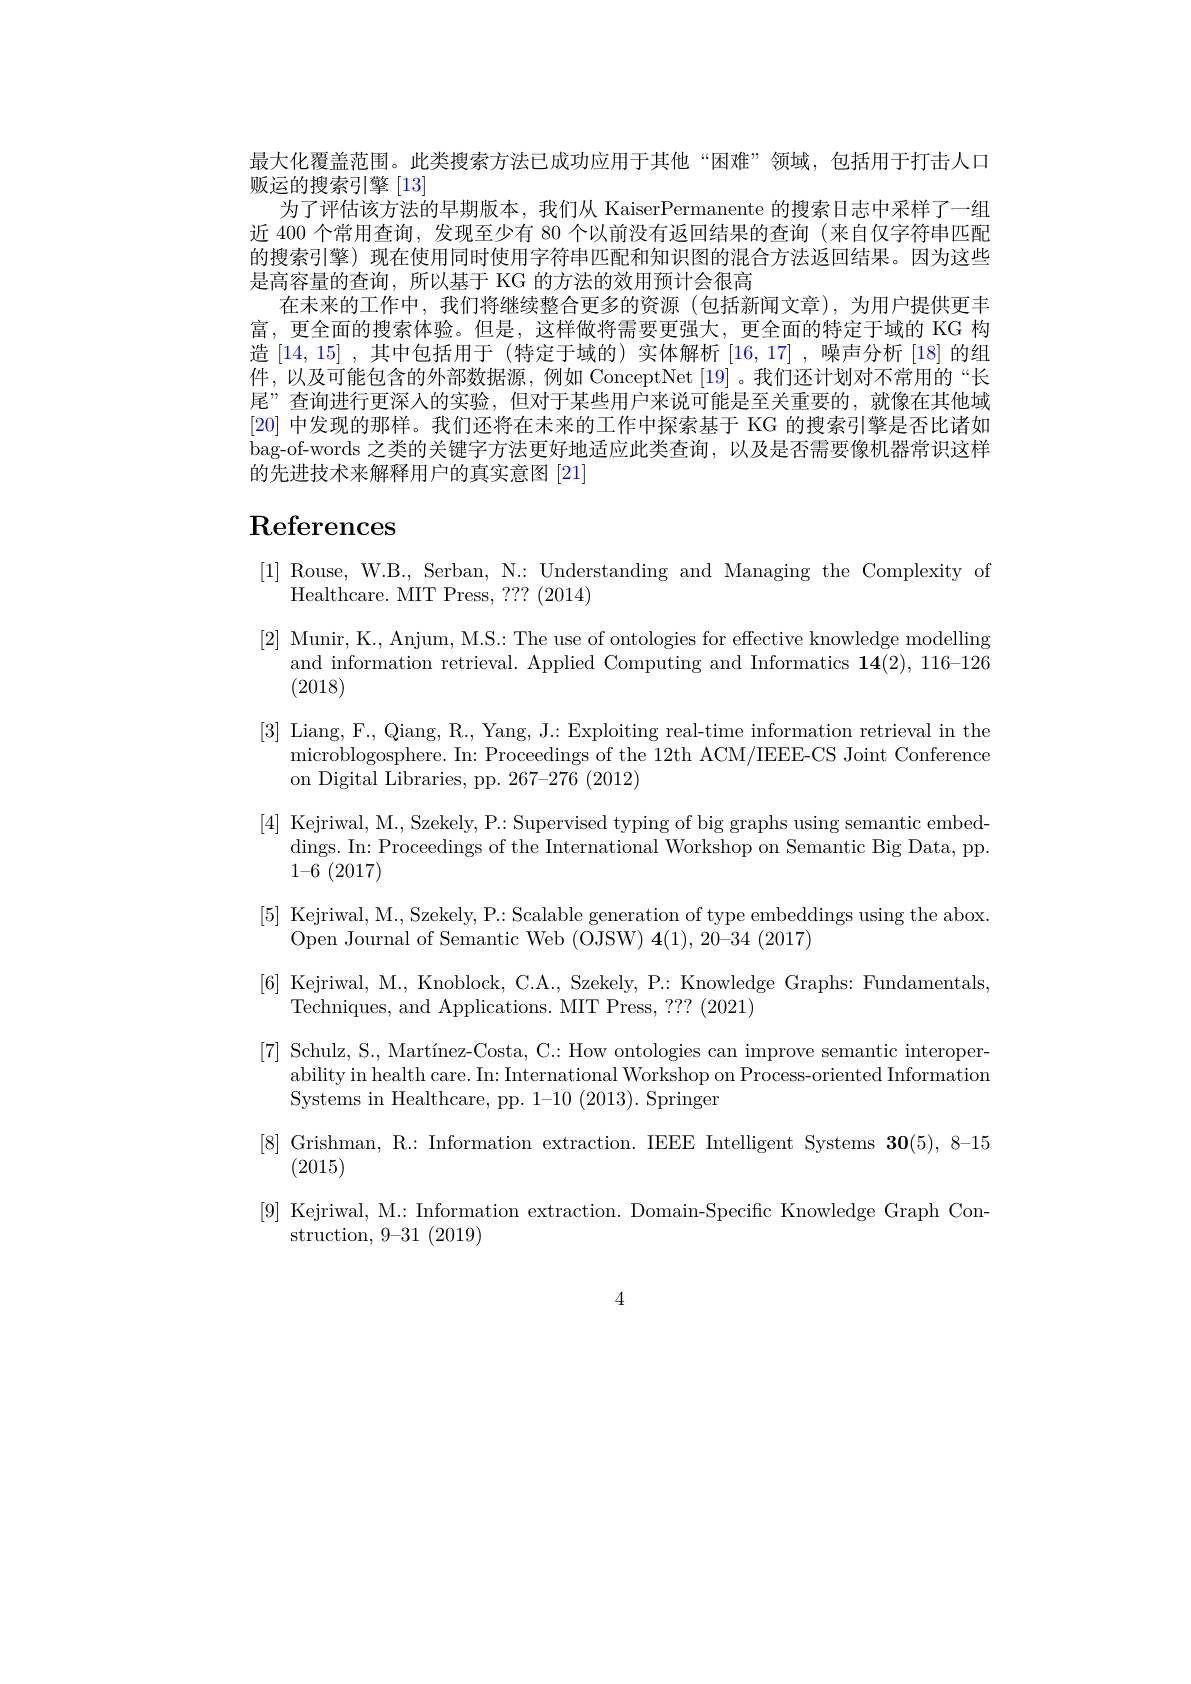
最大化覆盖范围。此类搜索方法已成功应用于其他“困难”领域，包括用于打击人口
贩运的搜索引擎[13]
为了评估该方法的早期版本，我们从 KaiserPermanente 的搜索日志中采样了一组近 400 个常用查询，发现至少有 80 个以前没有返回结果的查询 (来自仅字符串匹配的搜索引擎)现在使用同时使用字符串匹配和知识图的混合方法返回结果。因为这些是高容量的查询，所以基于 KG 的方法的效用预计会很高
在末来的工作中，我们将继续整合更多的资源(包括新闻文章),为用户提供更丰富，更全面的搜索体验。但是，这样做将需要更强大，更全面的特定于域的 KG 构造[14,15] ,其中包括用于 (特定于域的) 件，以及可能包含的外部数据源，例如 ConceptNet 尾”查询进行更深人的实验，但对于某些用户来说可能是至关重要的，就像在其他域[20]中发现的那样。我们还将在未来的工作中探索基bag-of-words 之类的关键字方法更好地适应此类查询，以及是否需要像机器常识这样的先进技术来解释用户的真实意图[21]

# References

[1] Rouse, W.B., Serban, N.: Understanding and Managing the Complexity of
Healthcare. MIT Press, ? ? ? ( 2014)
[2] Munir, K., Anjum, M.S.
and information retrieval. Applied Computing and Informatics $\mathbf{14}(2)$, 116-126
(2018)
[3] Liang, F., Qiang, R., Yang, J.: Exploiting real-time information retrieval in the
microblogosphere. In: Proceedings of the 12th ACM/IEEE-CS Joint Conference
on Digital Libraries, pp. 267-276 (2012)
[4] Kejriwal, M.., Szekely, P.: Supervised typing of big graphs using semantic embed-
dings. In: Proceedings of the International Workshop on Semantic Big Data, pp.
$1–6\pmod{(2017)}$
[5] Kejriwal, M., Szekely, P.: Scalable generation of type embeddings using the abox
Open Journal of Semantic Web (OJSW) 4(1), 20-34 (2017)
[6] Kejriwal, M., Knoblock, C.A., Szekely, P.: Knowledge Graphs: Fundamentals
Techniques, and Applications. MIT Press, ??? (2021)
[7] Schulz, S., Martínez-Costa, C.: How ontologies can improve semantic interoper-
ability in health care. In: International Workshop on Process-oriented Information
Systems in Healthcare, pp. 1-10 (2013). Springer
$\begin{array}{ll}[8]&{\mathrm{Grishman,~R.:~In}}\end{array}$ [9] Kejriwal, M.: Informat
$\operatorname{struction,}9–31\pmod{(2019)}$

4